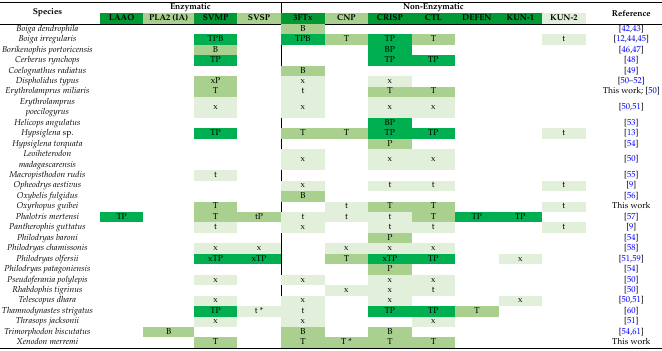
<table><thead><tr><td rowspan="2"><b>Species</b></td><td colspan="4"><b>Enzymatic</b></td><td colspan="7"><b>Non-Enzymatic</b></td><td rowspan="2"><b>Reference</b></td></tr><tr><td><b>LAAO</b></td><td><b>PLA2 (IA)</b></td><td><b>SVMP</b></td><td><b>SVSP</b></td><td><b>3FTx</b></td><td><b>CNP</b></td><td><b>CRISP</b></td><td><b>CTL</b></td><td><b>DEFEN</b></td><td><b>KUN-1</b></td><td><b>KUN-2</b></td></tr></thead><tbody><tr><td><i>Boiga dendrophila</i></td><td></td><td></td><td></td><td></td><td>B</td><td></td><td></td><td></td><td></td><td></td><td></td><td>[42,43]</td></tr><tr><td><i>Boiga irregularis</i></td><td></td><td></td><td>TPB</td><td></td><td>TPB</td><td>T</td><td>TP</td><td>T</td><td></td><td></td><td>t</td><td>[12,44,45]</td></tr><tr><td><i>Borikenophis portoricensis</i></td><td></td><td></td><td>B</td><td></td><td></td><td></td><td>BP</td><td></td><td></td><td></td><td></td><td>[46,47]</td></tr><tr><td><i>Cerberus rynchops</i></td><td></td><td></td><td>TP</td><td></td><td></td><td></td><td>TP</td><td>TP</td><td></td><td></td><td></td><td>[48]</td></tr><tr><td><i>Coelognathus radiatus</i></td><td></td><td></td><td></td><td></td><td>B</td><td></td><td></td><td></td><td></td><td></td><td></td><td>[49]</td></tr><tr><td><i>Dispholidus typus</i></td><td></td><td></td><td>xP</td><td></td><td>x</td><td></td><td>x</td><td></td><td></td><td></td><td></td><td>[50,51,52]</td></tr><tr><td><i>Erythrolamprus miliaris</i></td><td></td><td></td><td>T</td><td></td><td>t</td><td></td><td>T</td><td>T</td><td></td><td></td><td></td><td>This work; [50]</td></tr><tr><td><i>Erythrolamprus poecilogyrus</i></td><td></td><td></td><td>x</td><td></td><td>x</td><td></td><td>x</td><td>x</td><td></td><td></td><td></td><td>[50,51]</td></tr><tr><td><i>Helicops angulatus</i></td><td></td><td></td><td></td><td></td><td></td><td></td><td>BP</td><td></td><td></td><td></td><td></td><td>[53]</td></tr><tr><td><i>Hypsiglena</i> sp.</td><td></td><td></td><td>TP</td><td></td><td>T</td><td>T</td><td>TP</td><td>TP</td><td></td><td></td><td>t</td><td>[13]</td></tr><tr><td><i>Hypsiglena torquata</i></td><td></td><td></td><td></td><td></td><td></td><td></td><td>P</td><td></td><td></td><td></td><td></td><td>[54]</td></tr><tr><td><i>Leoiheterodon madagascarensis</i></td><td></td><td></td><td></td><td></td><td>x</td><td></td><td>x</td><td>x</td><td></td><td></td><td></td><td>[50]</td></tr><tr><td><i>Macropisthodon rudis</i></td><td></td><td></td><td>t</td><td></td><td></td><td></td><td></td><td></td><td></td><td></td><td></td><td>[55]</td></tr><tr><td><i>Opheodrys aestivus</i></td><td></td><td></td><td></td><td></td><td>x</td><td></td><td>t</td><td>t</td><td></td><td></td><td>t</td><td>[9]</td></tr><tr><td><i>Oxybelis fulgidus</i></td><td></td><td></td><td></td><td></td><td>B</td><td></td><td></td><td></td><td></td><td></td><td></td><td>[56]</td></tr><tr><td><i>Oxyrhopus guibei</i></td><td></td><td></td><td>T</td><td></td><td></td><td>t</td><td>T</td><td>T</td><td></td><td></td><td>t</td><td>This work</td></tr><tr><td><i>Phalotris mertensi</i></td><td>TP</td><td></td><td>T</td><td>tP</td><td>t</td><td>t</td><td>t</td><td>T</td><td>TP</td><td>TP</td><td></td><td>[57]</td></tr><tr><td><i>Pantherophis guttatus</i></td><td></td><td></td><td>t</td><td></td><td>x</td><td></td><td>t</td><td>t</td><td></td><td></td><td>t</td><td>[9]</td></tr><tr><td><i>Philodryas baroni</i></td><td></td><td></td><td></td><td></td><td></td><td></td><td>P</td><td></td><td></td><td></td><td></td><td>[54]</td></tr><tr><td><i>Philodryas chamissonis</i></td><td></td><td></td><td>x</td><td>x</td><td></td><td>x</td><td>x</td><td>x</td><td></td><td></td><td></td><td>[58]</td></tr><tr><td><i>Philodryas olfersii</i></td><td></td><td></td><td>xTP</td><td>xTP</td><td></td><td>T</td><td>xTP</td><td>TP</td><td></td><td>x</td><td></td><td>[51,59]</td></tr><tr><td><i>Philodryas patagoniensis</i></td><td></td><td></td><td></td><td></td><td></td><td></td><td>P</td><td></td><td></td><td></td><td></td><td>[54]</td></tr><tr><td><i>Pseudoferania polylepis</i></td><td></td><td></td><td>x</td><td></td><td>x</td><td></td><td>x</td><td>x</td><td></td><td></td><td></td><td>[50]</td></tr><tr><td><i>Rhabdophis tigrinus</i></td><td></td><td></td><td></td><td></td><td></td><td>x</td><td>x</td><td>t</td><td></td><td></td><td></td><td>[50]</td></tr><tr><td><i>Telescopus dhara</i></td><td></td><td></td><td>x</td><td></td><td>x</td><td></td><td>x</td><td></td><td></td><td>x</td><td></td><td>[50,51]</td></tr><tr><td><i>Thamnodynastes strigatus</i></td><td></td><td></td><td>TP</td><td>t *</td><td>t</td><td></td><td>TP</td><td>TP</td><td>T</td><td></td><td></td><td>[60]</td></tr><tr><td><i>Thrasops jacksonii</i></td><td></td><td></td><td>x</td><td></td><td>x</td><td></td><td></td><td>x</td><td></td><td></td><td></td><td>[51]</td></tr><tr><td><i>Trimorphodon biscutatus</i></td><td></td><td>B</td><td></td><td></td><td>B</td><td></td><td>B</td><td></td><td></td><td></td><td></td><td>[54,61]</td></tr><tr><td><i>Xenodon merremi</i></td><td></td><td></td><td>T</td><td></td><td>T</td><td>T *</td><td>T</td><td>T</td><td></td><td></td><td></td><td>This work</td></tr></tbody></table>